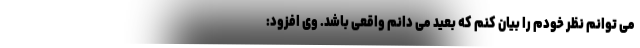
می توانم نظر خودم را بیان کنم که بعید می دانم واقعی باشد. وی افزود: